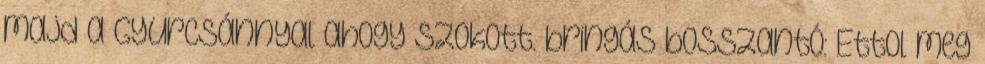
majd a Gyurcsánnyal ahogy szokott. bringás bosszantó: Ettol meg